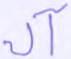
آل